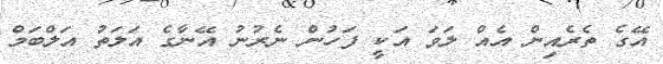
އޭގެ ތެރެއިން އެއް ލަވަ އަކީ ފަހުން ނެރުނު އޭނާގެ އަލަތު އަލްބަމް